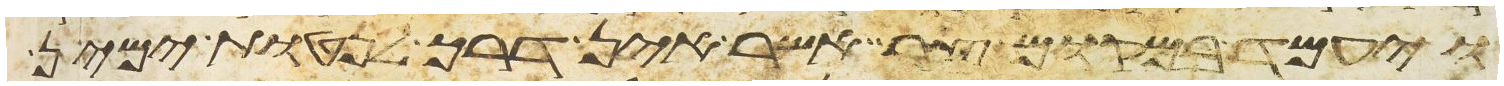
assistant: ויעמד במקום צר אשר אין דרך לנטות ימין